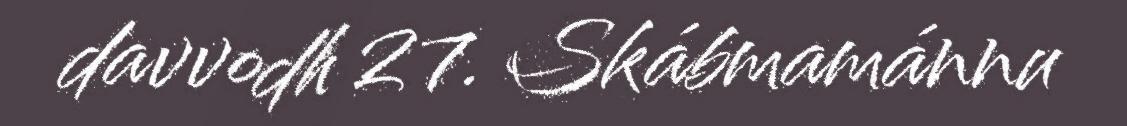
davvodh 27. Skábmamánnu